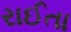
રાઈતા